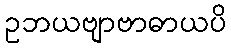
ဥဘယဗျာဗာဓာယပိ